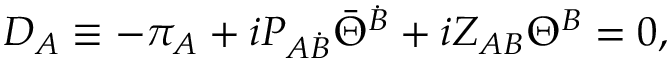
D _ { A } \equiv - \pi _ { A } + i P _ { A \dot { B } } \bar { \Theta } ^ { \dot { B } } + i Z _ { A B } \Theta ^ { B } = 0 , \qquad